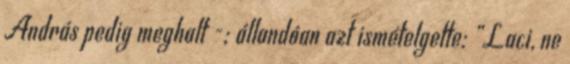
András pedig meghalt -; állandóan azt ismételgette: „Laci, ne